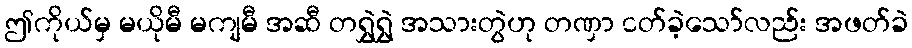
ဤကိုယ်မှ မယိုမီ မကျမီ အဆီ တရွှဲရွှဲ အသားတွဲဟု တဏှာ ငတ်ခဲ့သော်လည်း အဖတ်ခဲ